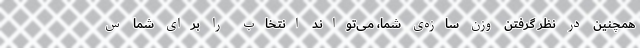
همچنین در نظر گرفتن وزن سازه‌ی شما، می‌تواند انتخاب را برای شما س